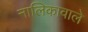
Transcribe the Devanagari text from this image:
नालिकावाले